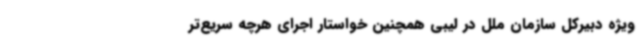
ویژه دبیرکل سازمان ملل در لیبی همچنین خواستار اجرای هرچه سریع‌تر